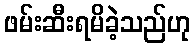
ဖမ်းဆီးရမိခဲ့သည်ဟု